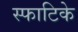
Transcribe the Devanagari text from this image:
स्फाटिके